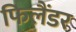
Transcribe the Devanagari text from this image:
फिलैंडर